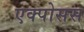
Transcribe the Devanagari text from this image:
एक्पोसस